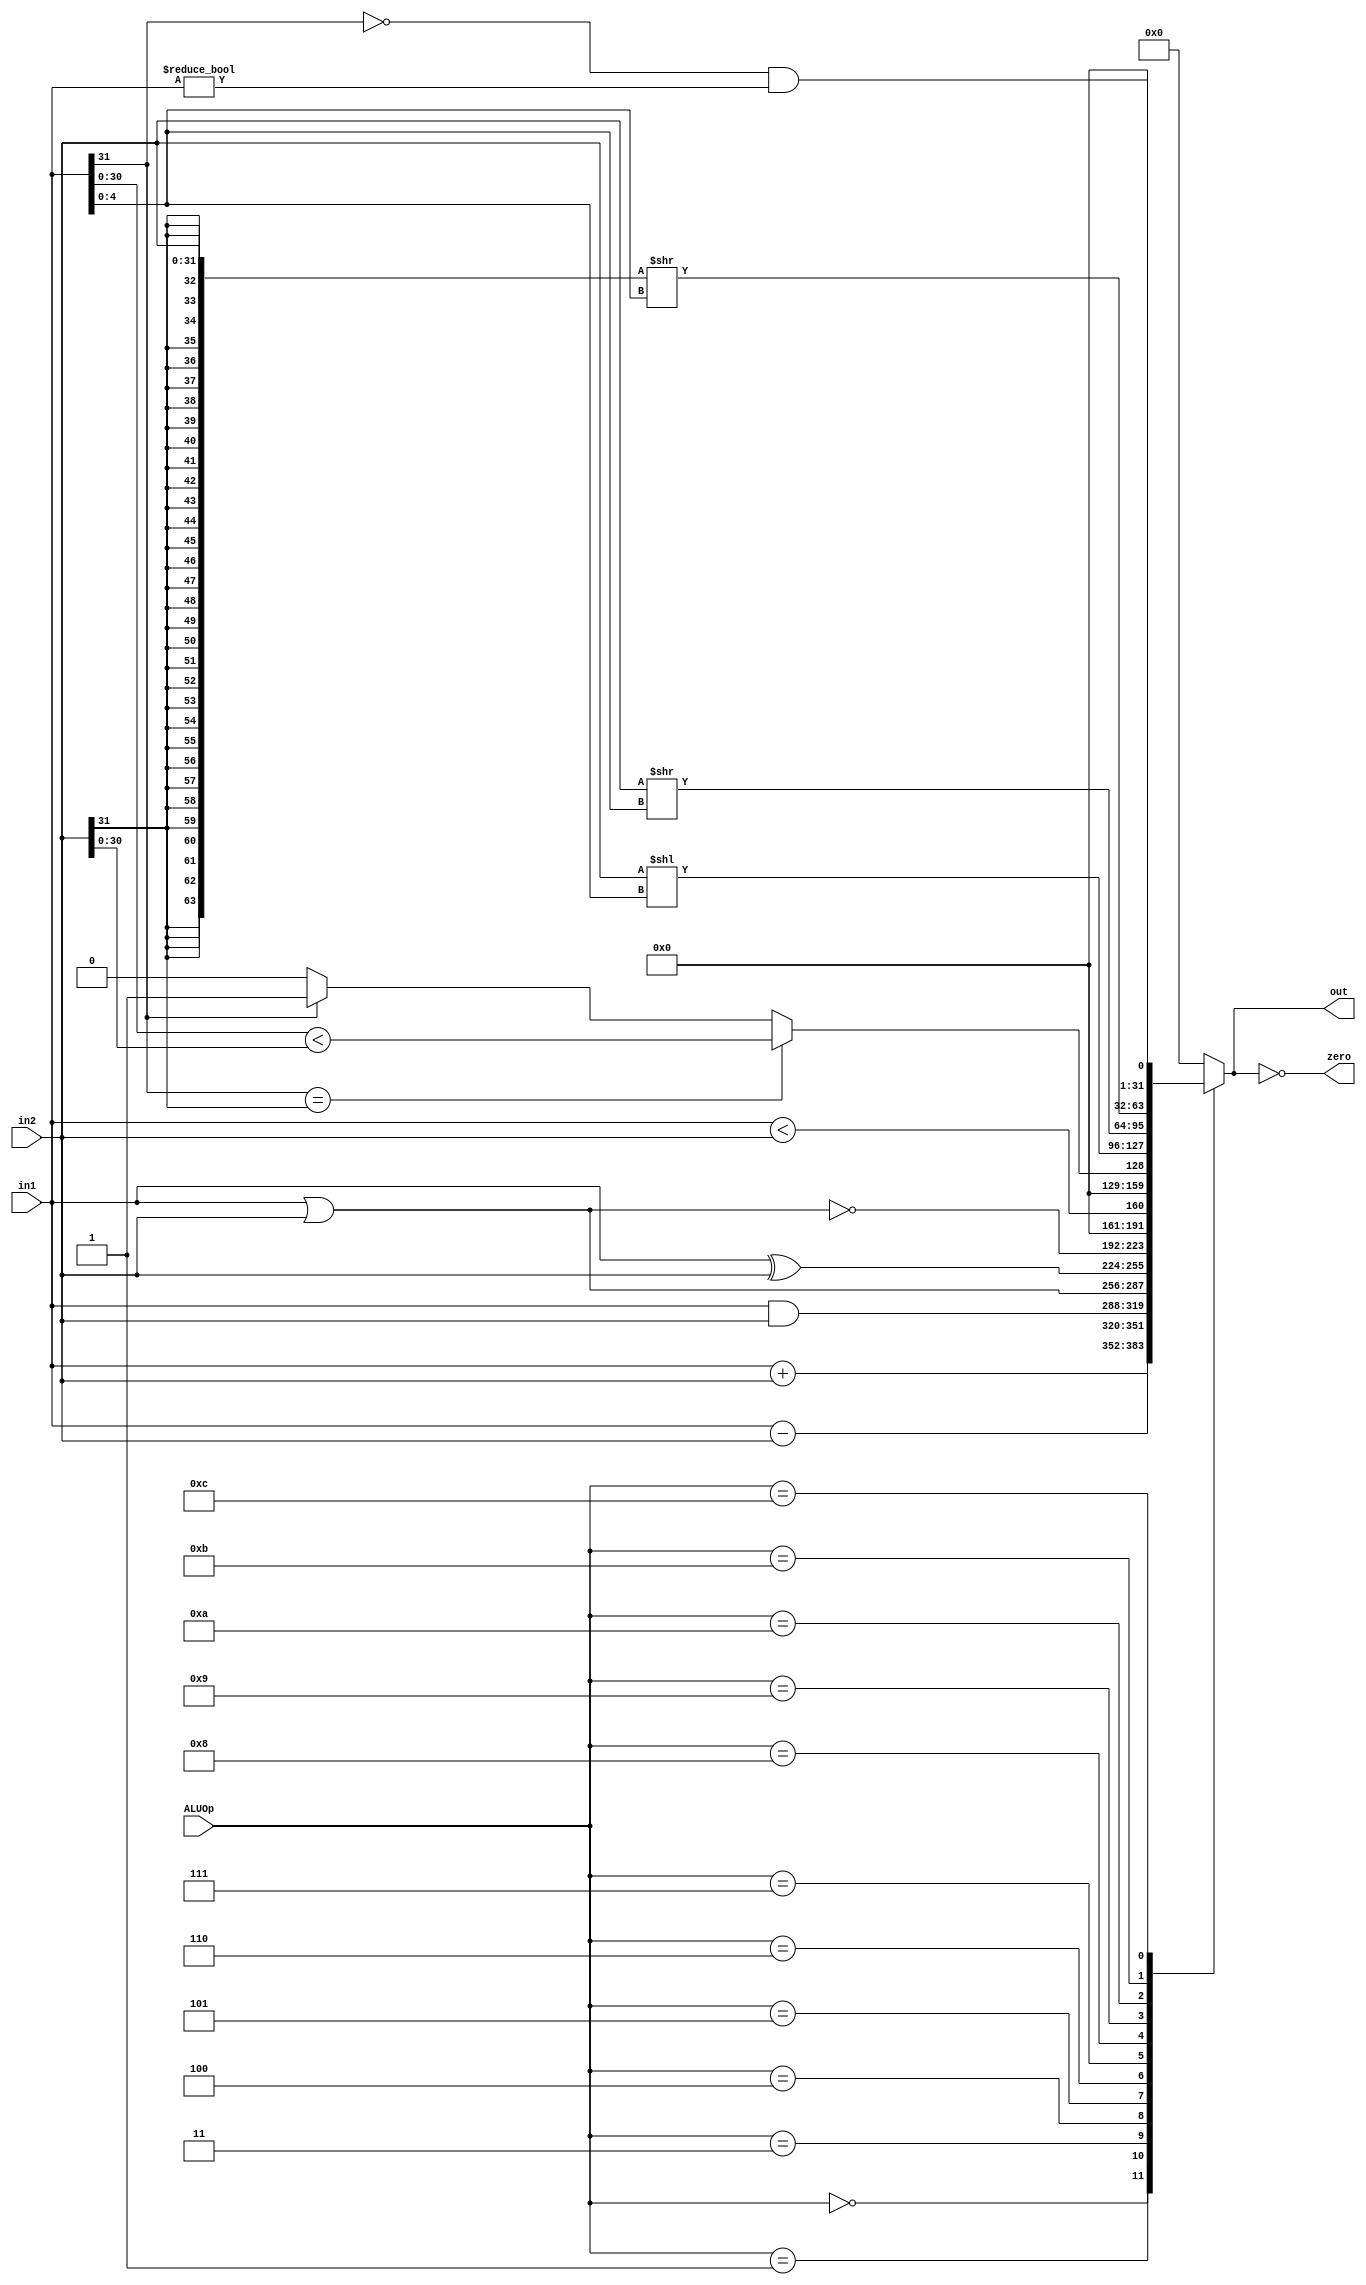
`timescale 1ns / 1ps
//////////////////////////////////////////////////////////////////////////////////
// Company: 
// Engineer: 
// 
// Design Name: PipelineCPU
// Module Name: ALU
// Project Name: PipelineCPU
// Target Devices: xc7a35tcpg236-1
// Tool Versions: Vivado 2017.3
// Description: The ALU (arithmetic-logic unit) module.
// 
// Dependencies: None
// 
// Revision: None
// Revision 0.01 - File Created
// Additional Comments: None
// 
//////////////////////////////////////////////////////////////////////////////////


module ALU
(
    input wire [31:0] in1,
    input wire [31:0] in2,
    input wire [3:0] ALUOp,
    output reg [31:0] out,
    output wire zero
);

parameter add_op        = 4'h0;     // add
parameter sub_op        = 4'h1;     // sub
parameter and_op        = 4'h3;     // and
parameter or_op         = 4'h4;     // or
parameter xor_op        = 4'h5;     // xor
parameter nor_op        = 4'h6;     // nor
parameter u_cmp_op      = 4'h7;     // unsigned cmp
parameter s_cmp_op      = 4'h8;     // signed cmp
parameter sll_op        = 4'h9;     // sll
parameter srl_op        = 4'hA;     // srl
parameter sra_op        = 4'hB;     // sra
parameter gtz_op        = 4'hC;     // gtz, greater than zero

assign zero = out == 0;

// Signed compare.
wire less_than_31;
wire less_than_signed;
assign less_than_31 = in1[30:0] < in2[30:0];
assign less_than_signed = in1[31] == in2[31] ? less_than_31 :
                            in1[31] ? 1 : 0;

always @(*) begin
    case (ALUOp)
        add_op      : out <= in1 + in2;
        sub_op      : out <= in1 - in2;
        and_op      : out <= in1 & in2;
        or_op       : out <= in1 | in2;
        xor_op      : out <= in1 ^ in2;
        nor_op      : out <= ~(in1 | in2);
        u_cmp_op    : out <= in1 < in2;
        s_cmp_op    : out <= less_than_signed;
        sll_op      : out <= (in2 << in1[4:0]);
        srl_op      : out <= (in2 >> in1[4:0]);
        sra_op      : out <= ({{32{in2[31]}}, in2} >> in1[4:0]);
        gtz_op      : out <= (in1[31] == 0 && in1 != 0);
        default: out <= 0;
    endcase
end

endmodule